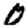
Digit: 0